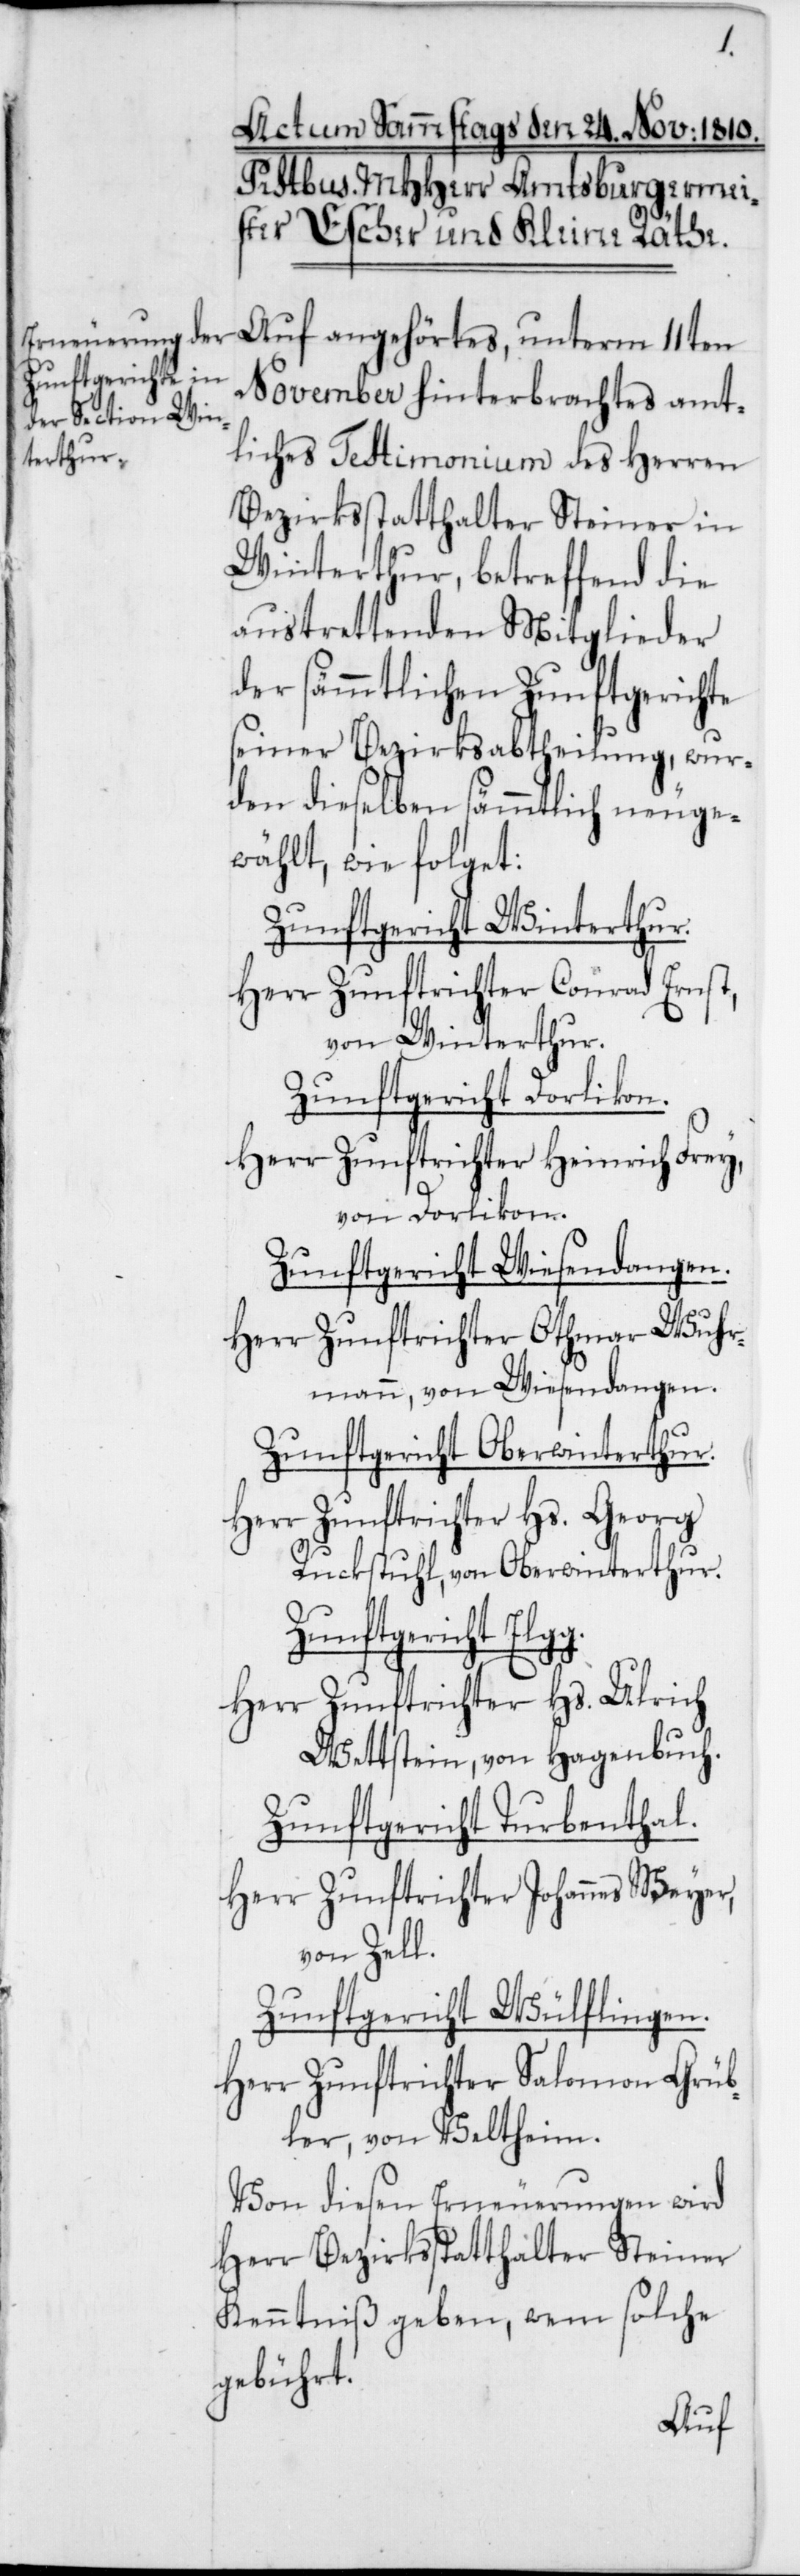
g.
Auf angehörtes, unterm 11ten
November hinterbrachtes amt¬
liches Testimonium des Herren
Bezirksstatthalter Steiner in
Winterthur, betreffend die
austrettenden Mitglieder
der sämmtlichen Zunftgerichte
seiner Bezirksabtheilung, wur¬
den dieselben sämmtlich neuge¬
wählt, wie folget:
Zunftgericht Winterthur.
Herr Zunftrichter Conrad Ernst,
von Winterthur.
Zunftgericht Dorlikon.
Herr Zunftrichter Heinrich Frey,
von Dorlikon.
Zunftgericht Wiesendangen.
Herr Zunftrichter Othmar Wuhr¬
mann, von Wiesendangen.
Zunftgericht Oberwinterthur.
Herr Zunftrichter Hs. Georg
Ruckstuhl, von Oberwinterthur.
Zunftgericht Elg¬
Herr Zunftrichter Hs. Ulrich
Wettstein, von Hagenbuch.
Zunftgericht Turbenthal.
Herr Zunftrichter Johannes Weyer,
von Zell.
Zunftgericht Wülflingen.
Herr Zunftrichter Salomon Grüb¬
ler, von Veltheim.
Von diesen Erneuerungen wird
Herr Bezirksstatthalter Steiner
Kenntniß geben, wem solche
gebührt.